Vaccination report Assam 1874-1896 - 1874-1896
Year: 1874
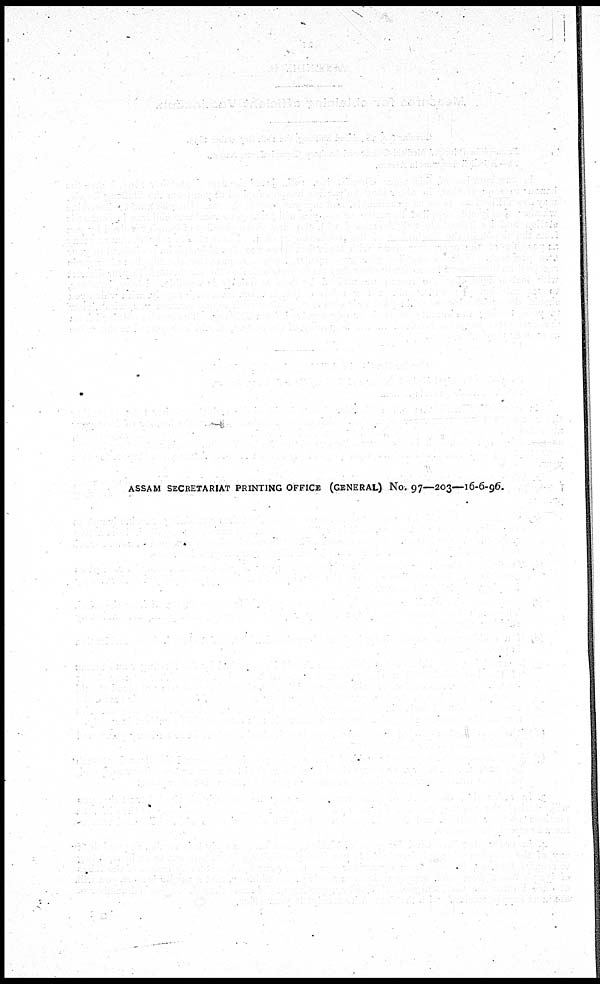
ASSAM SECRETARIAT PRINTING OFFICE (GENERAL) No. 97—203—16-6-96.